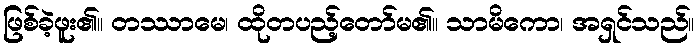
ဖြစ်ခဲ့ဖူး၏။ တဿာမေ၊ ထိုတပည့်တော်မ၏။ သာမိကော၊ အရှင်သည်။